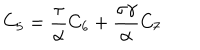
C _ { 5 } = \frac \tau \alpha C _ { 6 } + \frac { \sigma \gamma } \alpha C _ { 7 }